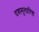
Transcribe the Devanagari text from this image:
दशमूलारिष्ट